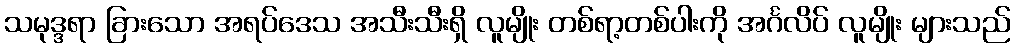
သမုဒ္ဒရာ ခြားသော အရပ်ဒေသ အသီးသီးရှိ လူမျိုး တစ်ရာ့တစ်ပါးကို အင်္ဂလိပ် လူမျိုး များသည်